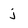
Character: j